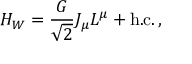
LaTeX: H _ { W } = \frac { G } { \sqrt { 2 } } J _ { \mu } L ^ { \mu } + \mathrm { h . c . } \, ,